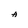
Character: A